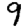
Digit: 9